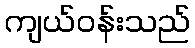
ကျယ်ဝန်းသည်